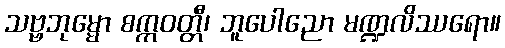
သဗ္ဗဘုမ္မော စက္ကဝတ္တီ၊ ဘူပေါညော မဏ္ဍလိဿရော။